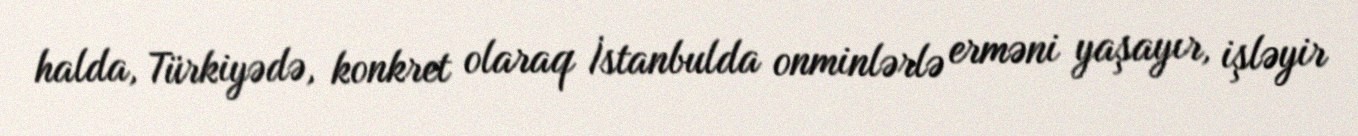
halda, Türkiyədə, konkret olaraq İstanbulda onminlərlə erməni yaşayır, işləyir